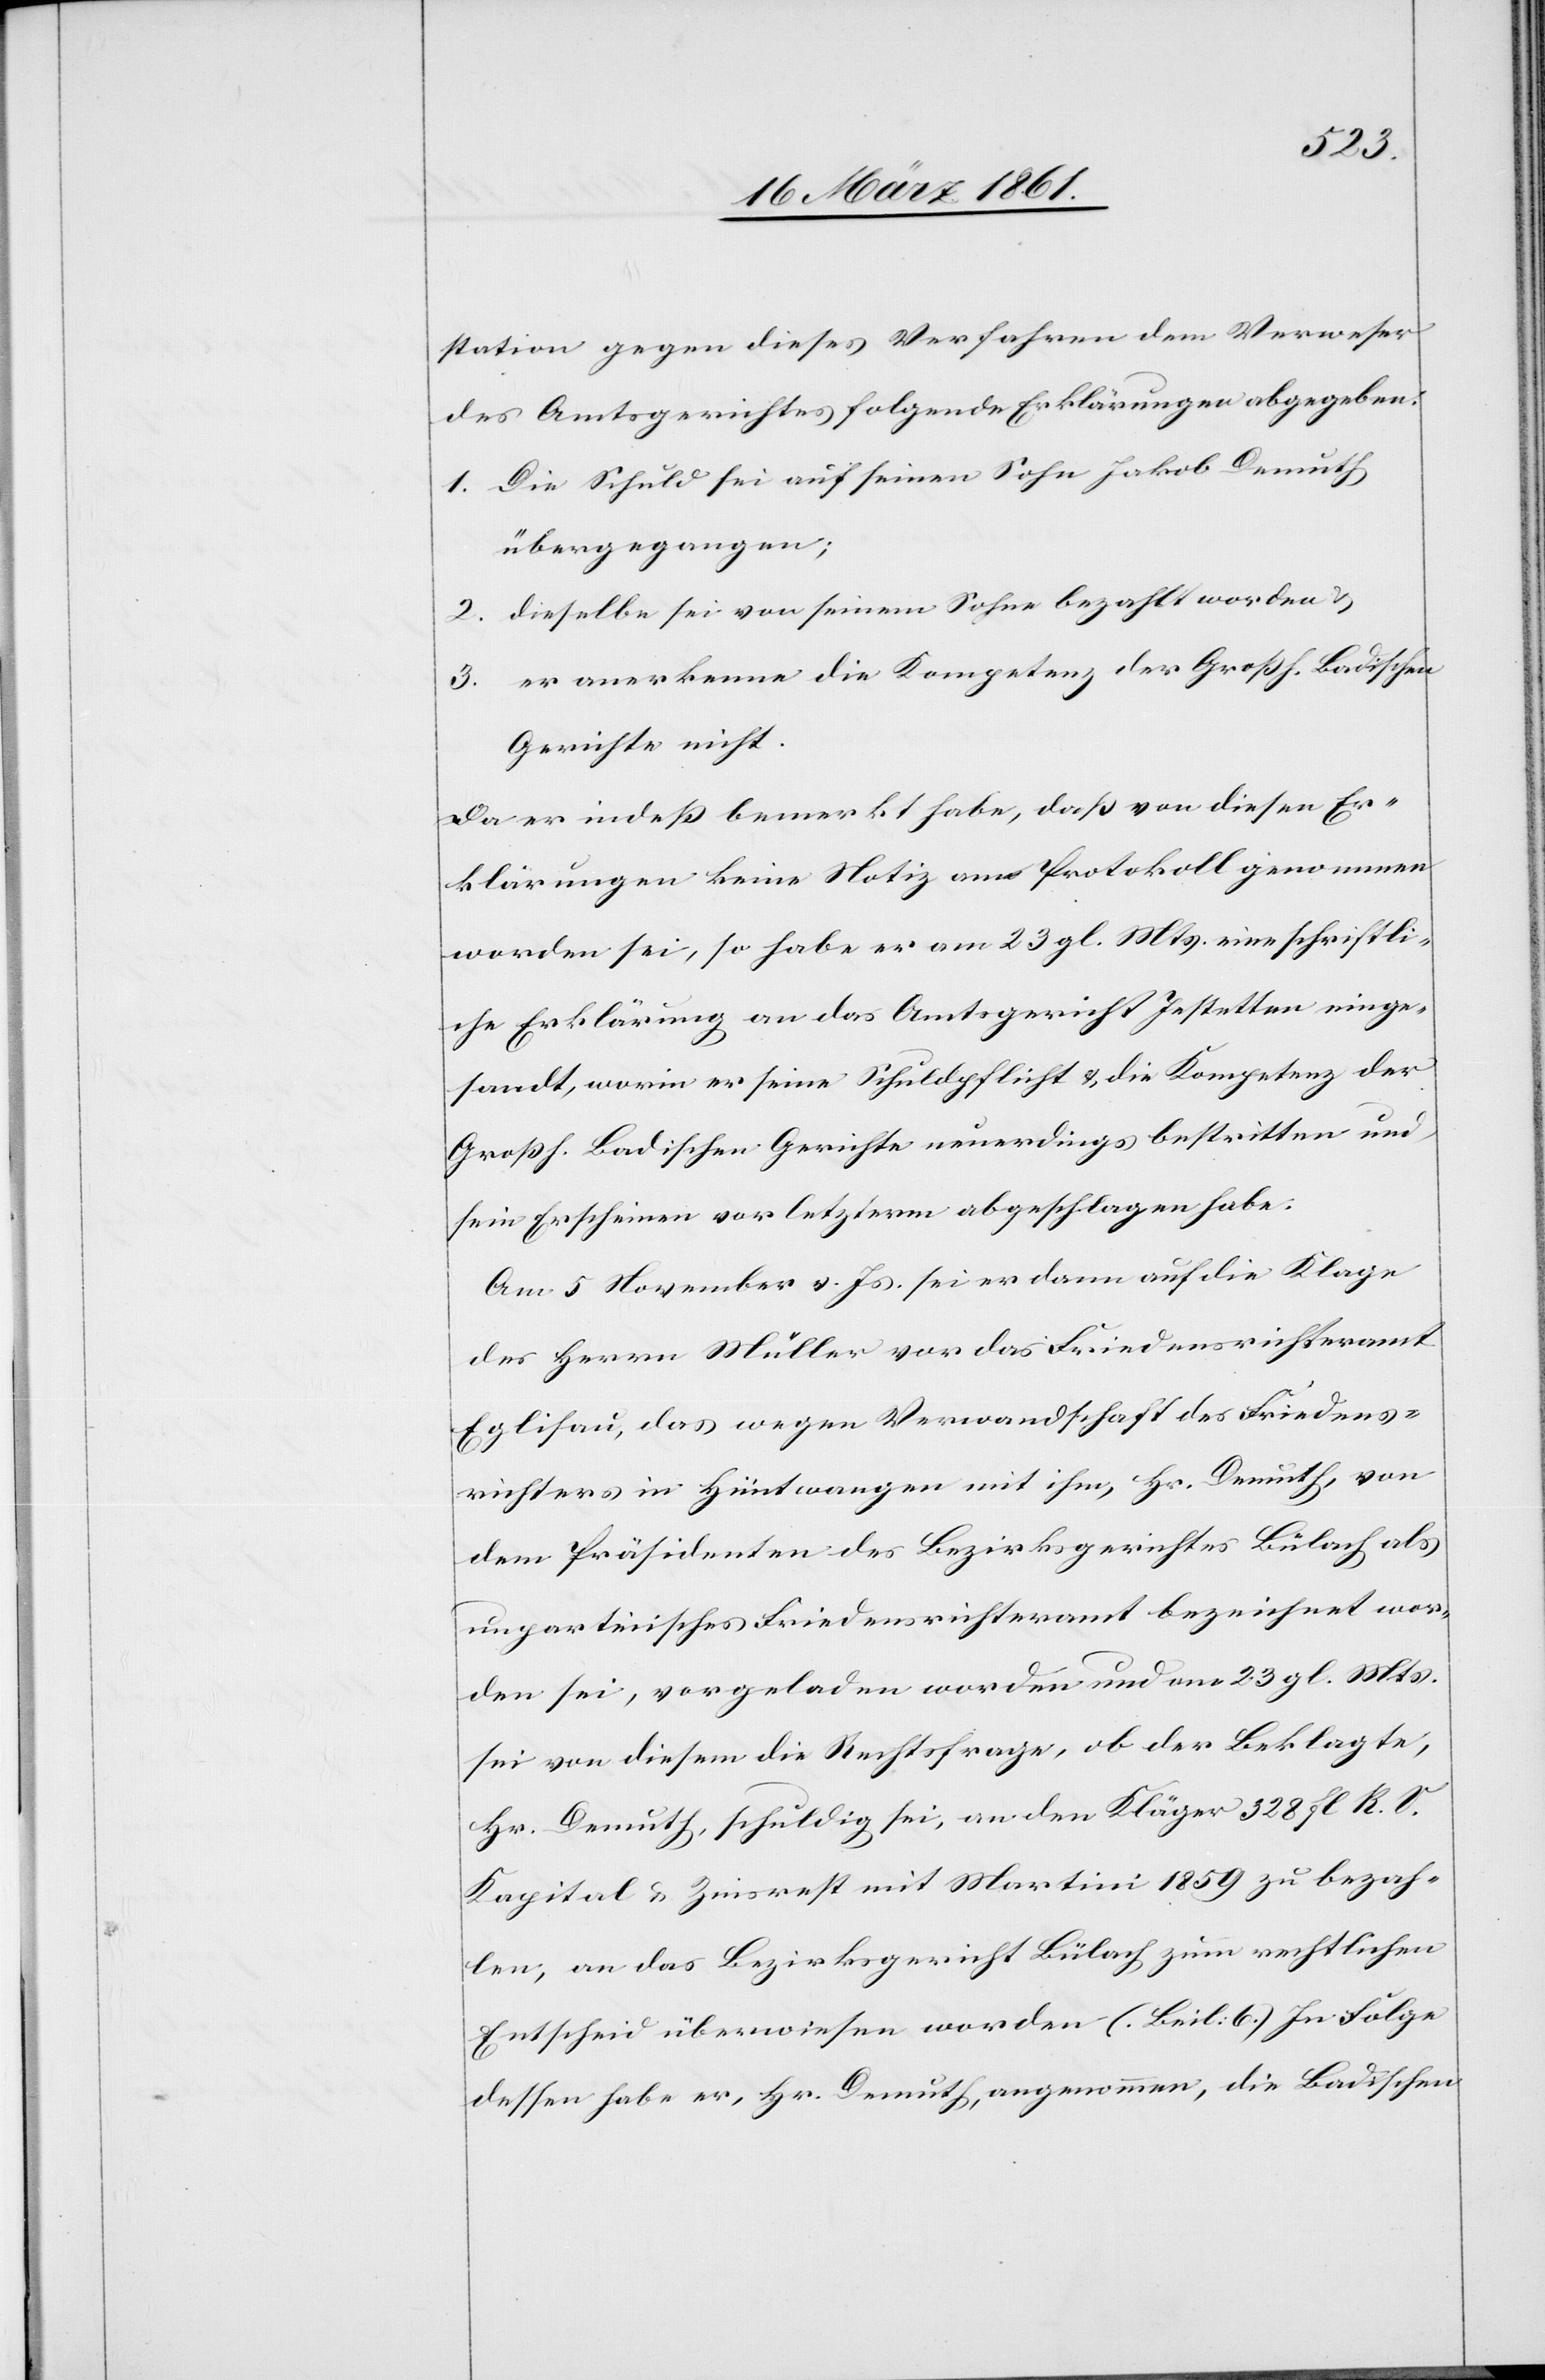
station gegen dieses Verfahren dem Verweser
des Amtsgerichtes folgende Erklärungen abgegeben:
1. Die Schuld sei auf seinen Sohn Jakob Demuth
übergegangen;
2. dieselbe sei von seinem Sohne bezahlt worden u.
3. er anerkenne die Kompetenz der Großh. Badischen
Gerichte nicht.
Da er indeß bemerkt habe, daß von diesen Er¬
klärungen keine Notiz am Protokoll genommen
worden sei, so habe er am 23. gl. Mts. eine schriftli¬
che Erklärung an das Amtsgericht Jestetten einge¬
sandt, worin er seine Schuldpflicht u. die Kompetenz der
Großh. Badischen Gerichte neuerdings bestritten und
sein Erscheinen vor letzterm abgeschlagen habe.
Am 5. November v. Js. sei er dann auf die Klage
des Herrn Müller vor das Friedensrichteramt
Eglisau, das wegen Verwandtschaft des Friedens¬
richters in Hüntwangen mit ihm, Hr. Demuth, von
dem Präsidenten des Bezirksgerichtes Bülach als
unparteiisches Friedensrichteramt bezeichnet wor¬
den sei, vorgeladen worden und am 23. gl. Mts.
sei von diesem die Rechtsfrage, ob der Beklagte,
Hr. Demuth, schuldig sei, an den Kläger 328 fl. R. V.
Kapital u. Zinsrest mit Martini 1859 zu bezah¬
len, an das Bezirksgericht Bülach zum rechtlichen
Entscheid überwiesen worden (Beil: 6). In Folge
dessen habe er, Hr. Demuth, angenommen, die Badischen